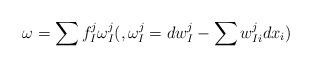
LaTeX: \begin{align*} \omega=\sum f^j_I\omega^j_I(, \omega^j_I=dw^j_I-\sum w^j_{Ii}dx_i) \end{align*}